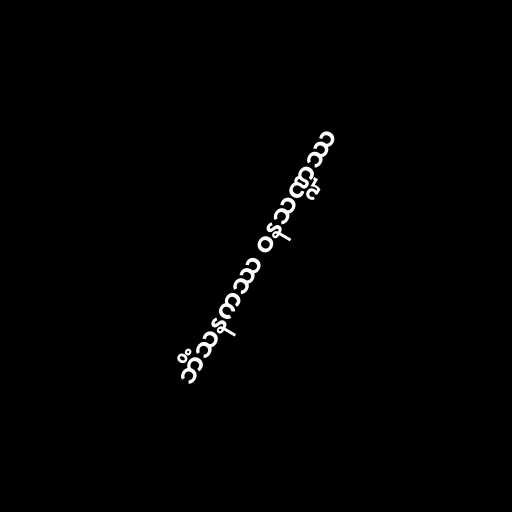
ဘိံသနကဿ ဝနသဏ္ဍဿ